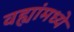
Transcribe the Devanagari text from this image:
वह्यांमध्ये